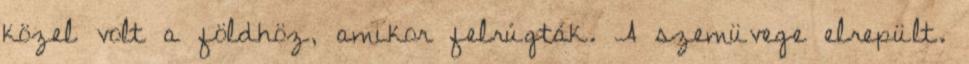
közel volt a földhöz, amikor felrúgták. A szemüvege elrepült.